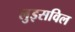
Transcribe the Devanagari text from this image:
लुइसविल